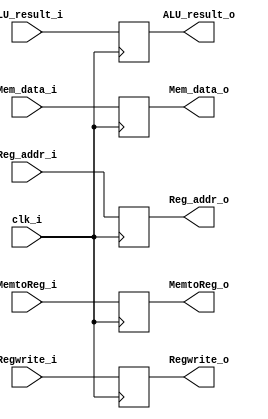
module MEM_WB(  clk_i, MemtoReg_i, Regwrite_i, ALU_result_i, Mem_data_i, Reg_addr_i,                                                 
					   MemtoReg_o, Regwrite_o, ALU_result_o, Mem_data_o, Reg_addr_o );

input   clk_i;
input  MemtoReg_i, Regwrite_i;
input [32-1:0] ALU_result_i, Mem_data_i;
input [5-1:0]  Reg_addr_i;

output reg MemtoReg_o, Regwrite_o;
output reg [32-1:0] ALU_result_o, Mem_data_o;
output reg [5-1:0]  Reg_addr_o;


always @(posedge clk_i) begin
	    MemtoReg_o <= MemtoReg_i; Regwrite_o <= Regwrite_i;
		ALU_result_o <= ALU_result_i; Mem_data_o <= Mem_data_i;
		Reg_addr_o <= Reg_addr_i;	
end

initial begin
MemtoReg_o = 0; Regwrite_o = 0; ALU_result_o = 0; Mem_data_o = 0; Reg_addr_o = 0;
end

endmodule